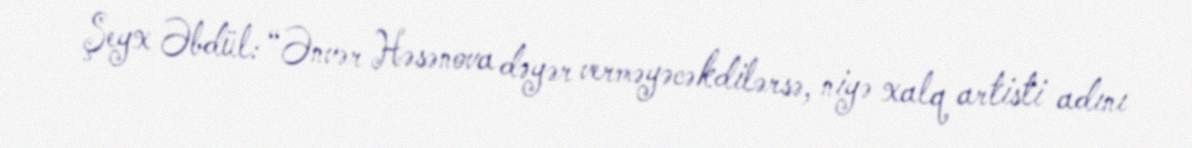
Şeyx Əbdül: “Ənvər Həsənova dəyər verməyəcəkdilərsə, niyə xalq artisti adını